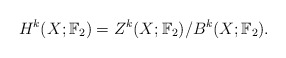
\begin{align*}H^k(X;\mathbb{F}_2) = Z^k(X;\mathbb{F}_2) /B^k(X;\mathbb{F}_2).\end{align*}